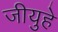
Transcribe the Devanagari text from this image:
जीयुहे